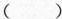
（ ）